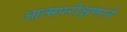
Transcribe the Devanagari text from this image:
आत्मपरीक्षणाने